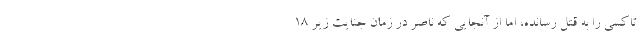
تاکسی را به قتل رسانده، اما از آنجایی که ناصر در زمان جنایت زیر ۱۸